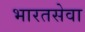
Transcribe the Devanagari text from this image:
भारतसेवा